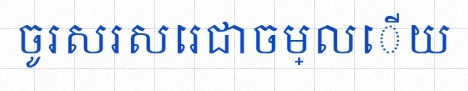
ចូរសរសេរជាចម្លើយ